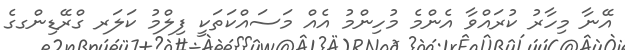
އޭނާ މިހާރު ކުރައްވާ އެންމެ މުހިންމު އެއް މަސައްކަތަކީ ފިލްމު ކަލަރ ގްރޭޑިންގގެ